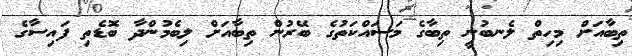
ތިބާއަށް މިހިތް ލެނބުނީ ތިބާގެ މަސައްކަތުގެ ބޭރުން ތިބާއަށް ލިބެމުންދާ ބޮޑެތި ފައިސާގެ